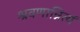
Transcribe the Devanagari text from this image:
श्रवणान्नित्यं